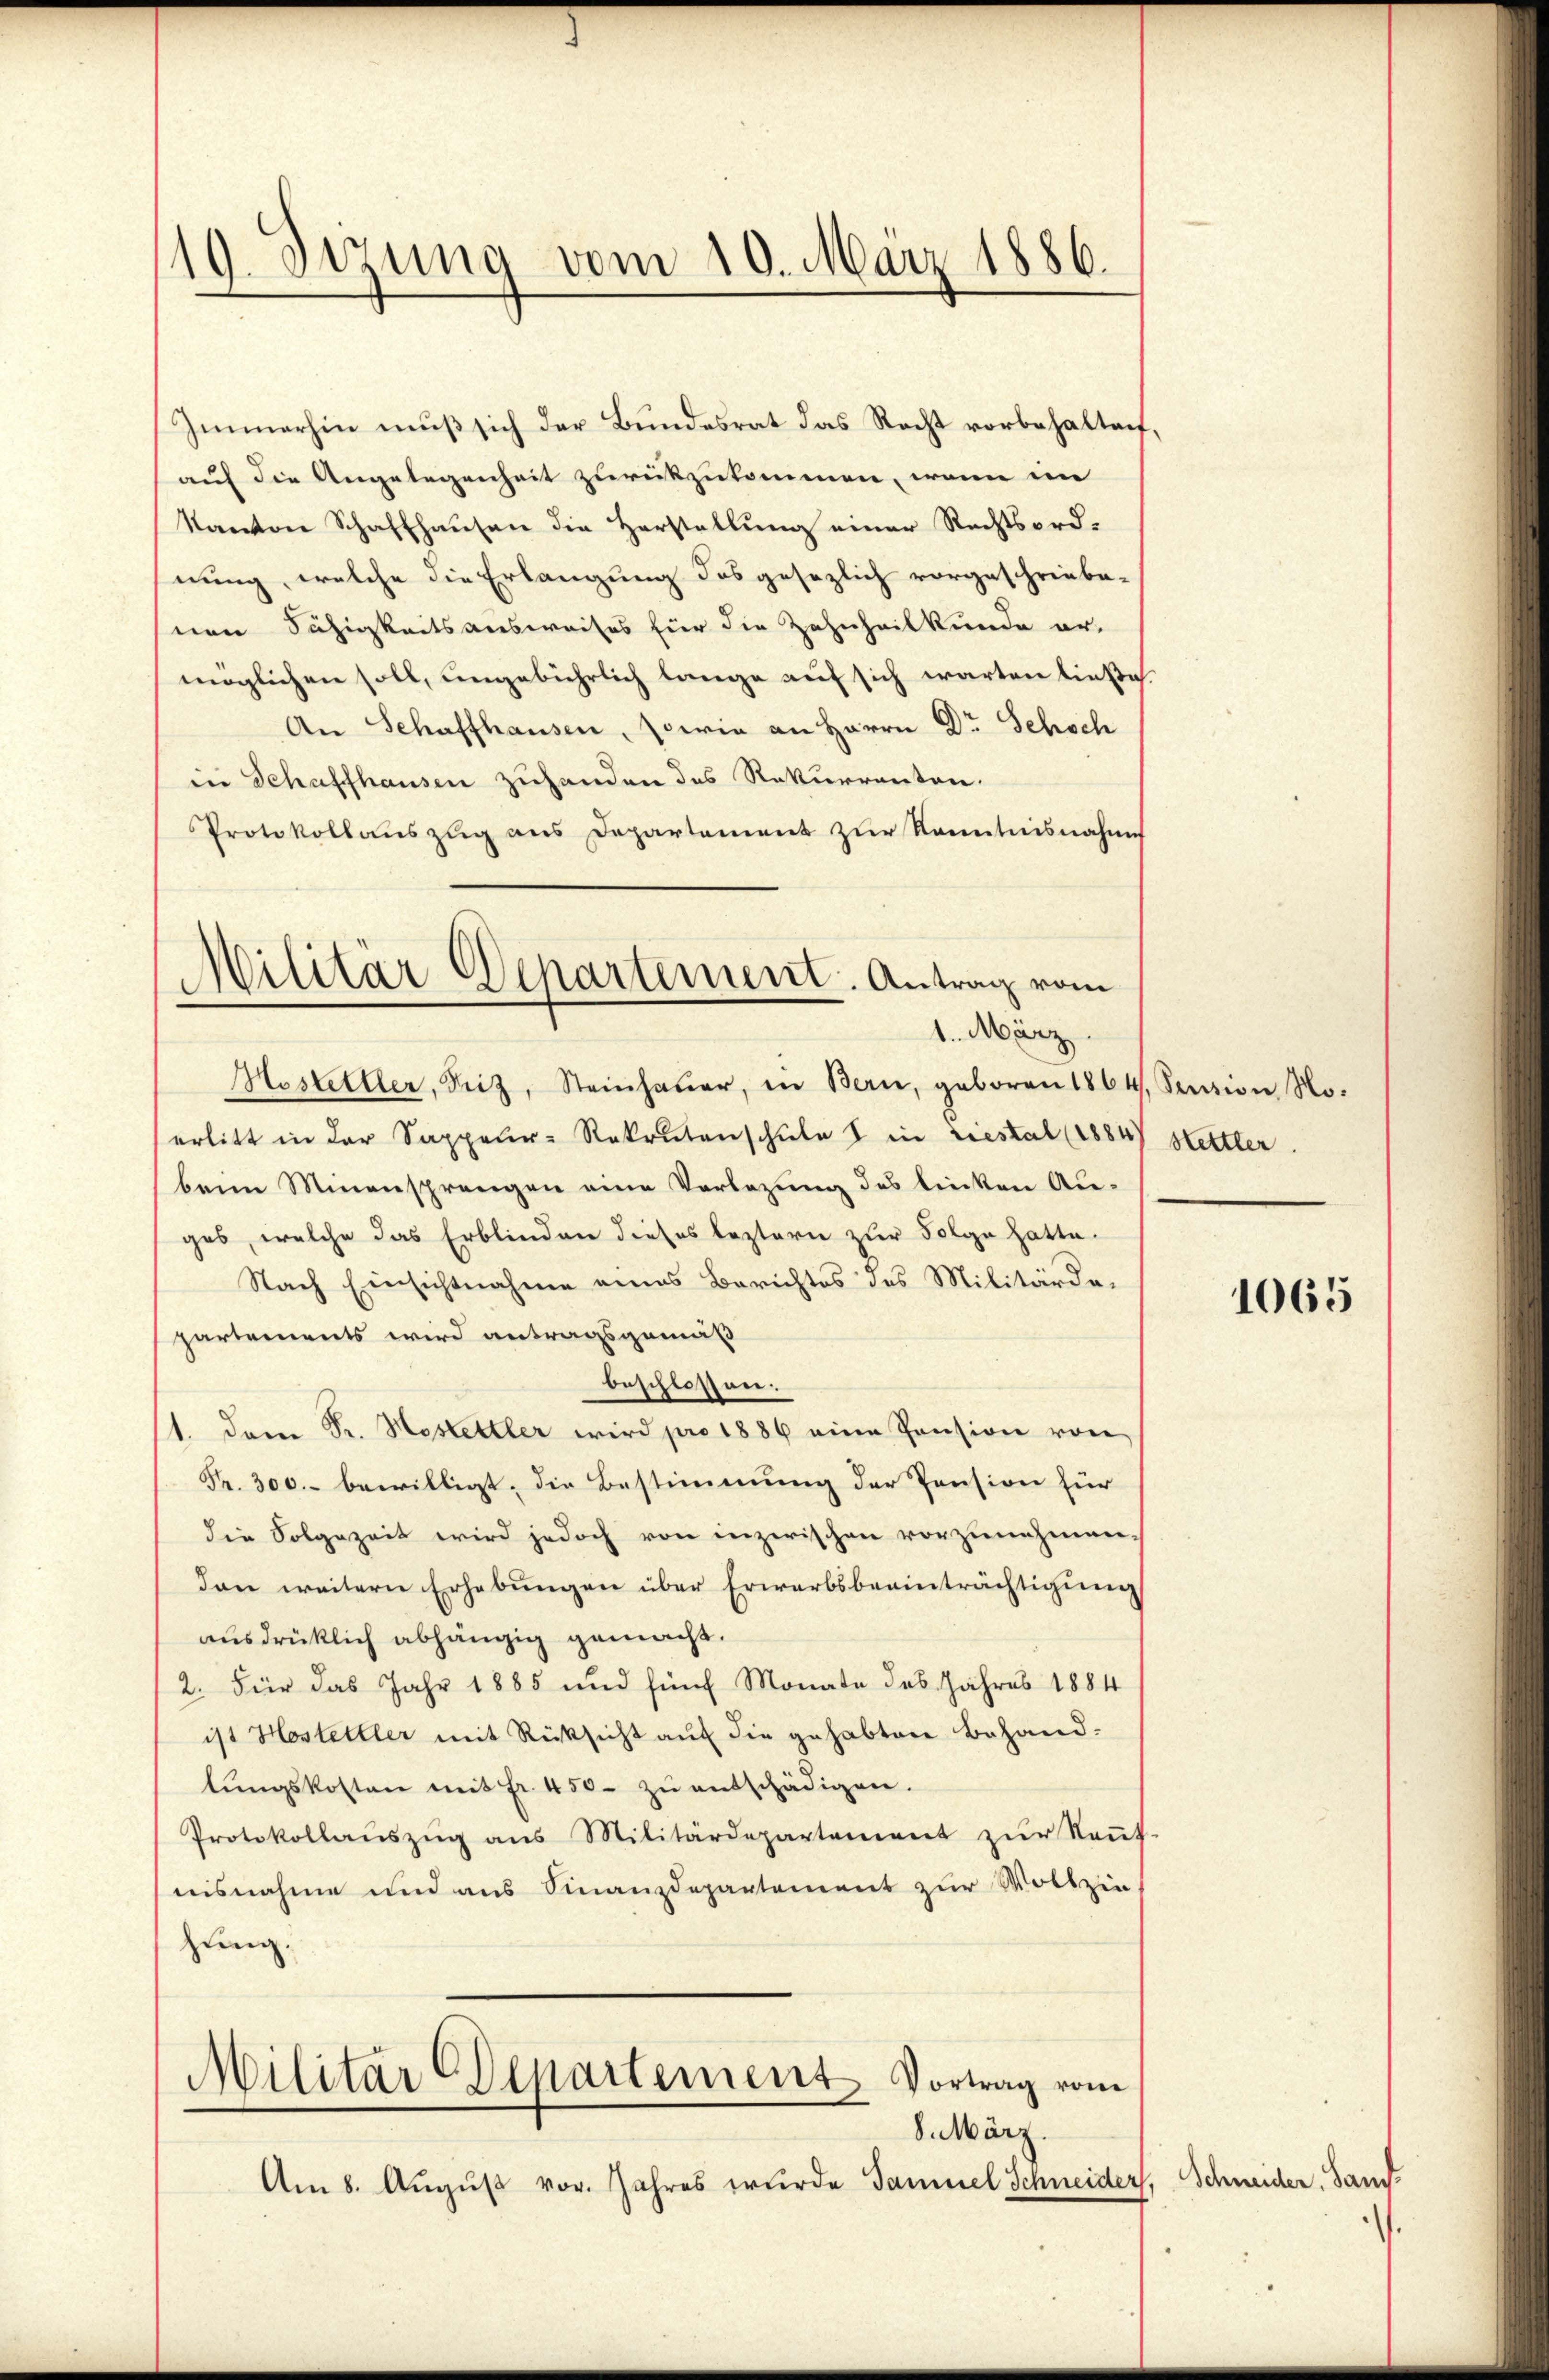
19. Sezung vom 10. März 1886.

Immerhin mŭβ sich der Bŭndesrat das Recht vorbehaltet.
auf die Angelegenheit zurückzukommen, wenn in
Kanton Schaffhausen die Herstellung einer Rechtsordnung, welche die Erlangung des gesezlich vorgeschriebenen Fähigkeitsausweises für die Zahnheilkunde er-
möglichen soll, ungebührlich lange auf sich warten ließe.
An Schaffhausen, sowie an Herrn Dr. Sehsch
in Schaffhausen zuhanden des Rekurrenten.
Protokollauszug aus Departement zŭr Kenntnisnahme
Mostettler, Seiz, Steinhaŭer, in Bern, geboren 1864, Sention No-
erlitt in der Sappeur-Rekrutenschŭle 1 in riestal (1884) Hettler.
beim Minensprengen eine Vorlegung des linken Auges, welche das Erblinden dieses leztern zur Folge hatte.
Nach Einsichtnahme eines Berichtes des Militärde-
partements wird antragsgemäß
beschlossen:
1. dem Sr. Hostettler wird pro 1886 eine Pension von
Fr. 300.- bewilligt, die Bestimmung der Pension für
die Folgezeit wird jedoch von inzerischen vorzunehmen-
dan weitern Erhebŭngen über Erwarbsbeeinträchtigŭng
ausdrücklich abhängig gemacht.
2. Für das Jahr 1885 und fünf Monate des Jahres 1884
ist Hostettler mit Rücksicht auf die gehabten Behandlŭngskosten mit fr. 450. zŭ entschädigen.
Protokollaŭszŭg ans Militärdepartement zŭr Kaŭf-
nisnahme und aus Finanzdepartement zur Woltzin
zung.
Militar Departement Vortrag vom
8. März.
Am 8. August vor. Jahres wurde Samuel Schneider,

Militär Departement. Antrag vom
1. März.

1065

Schneider Sand